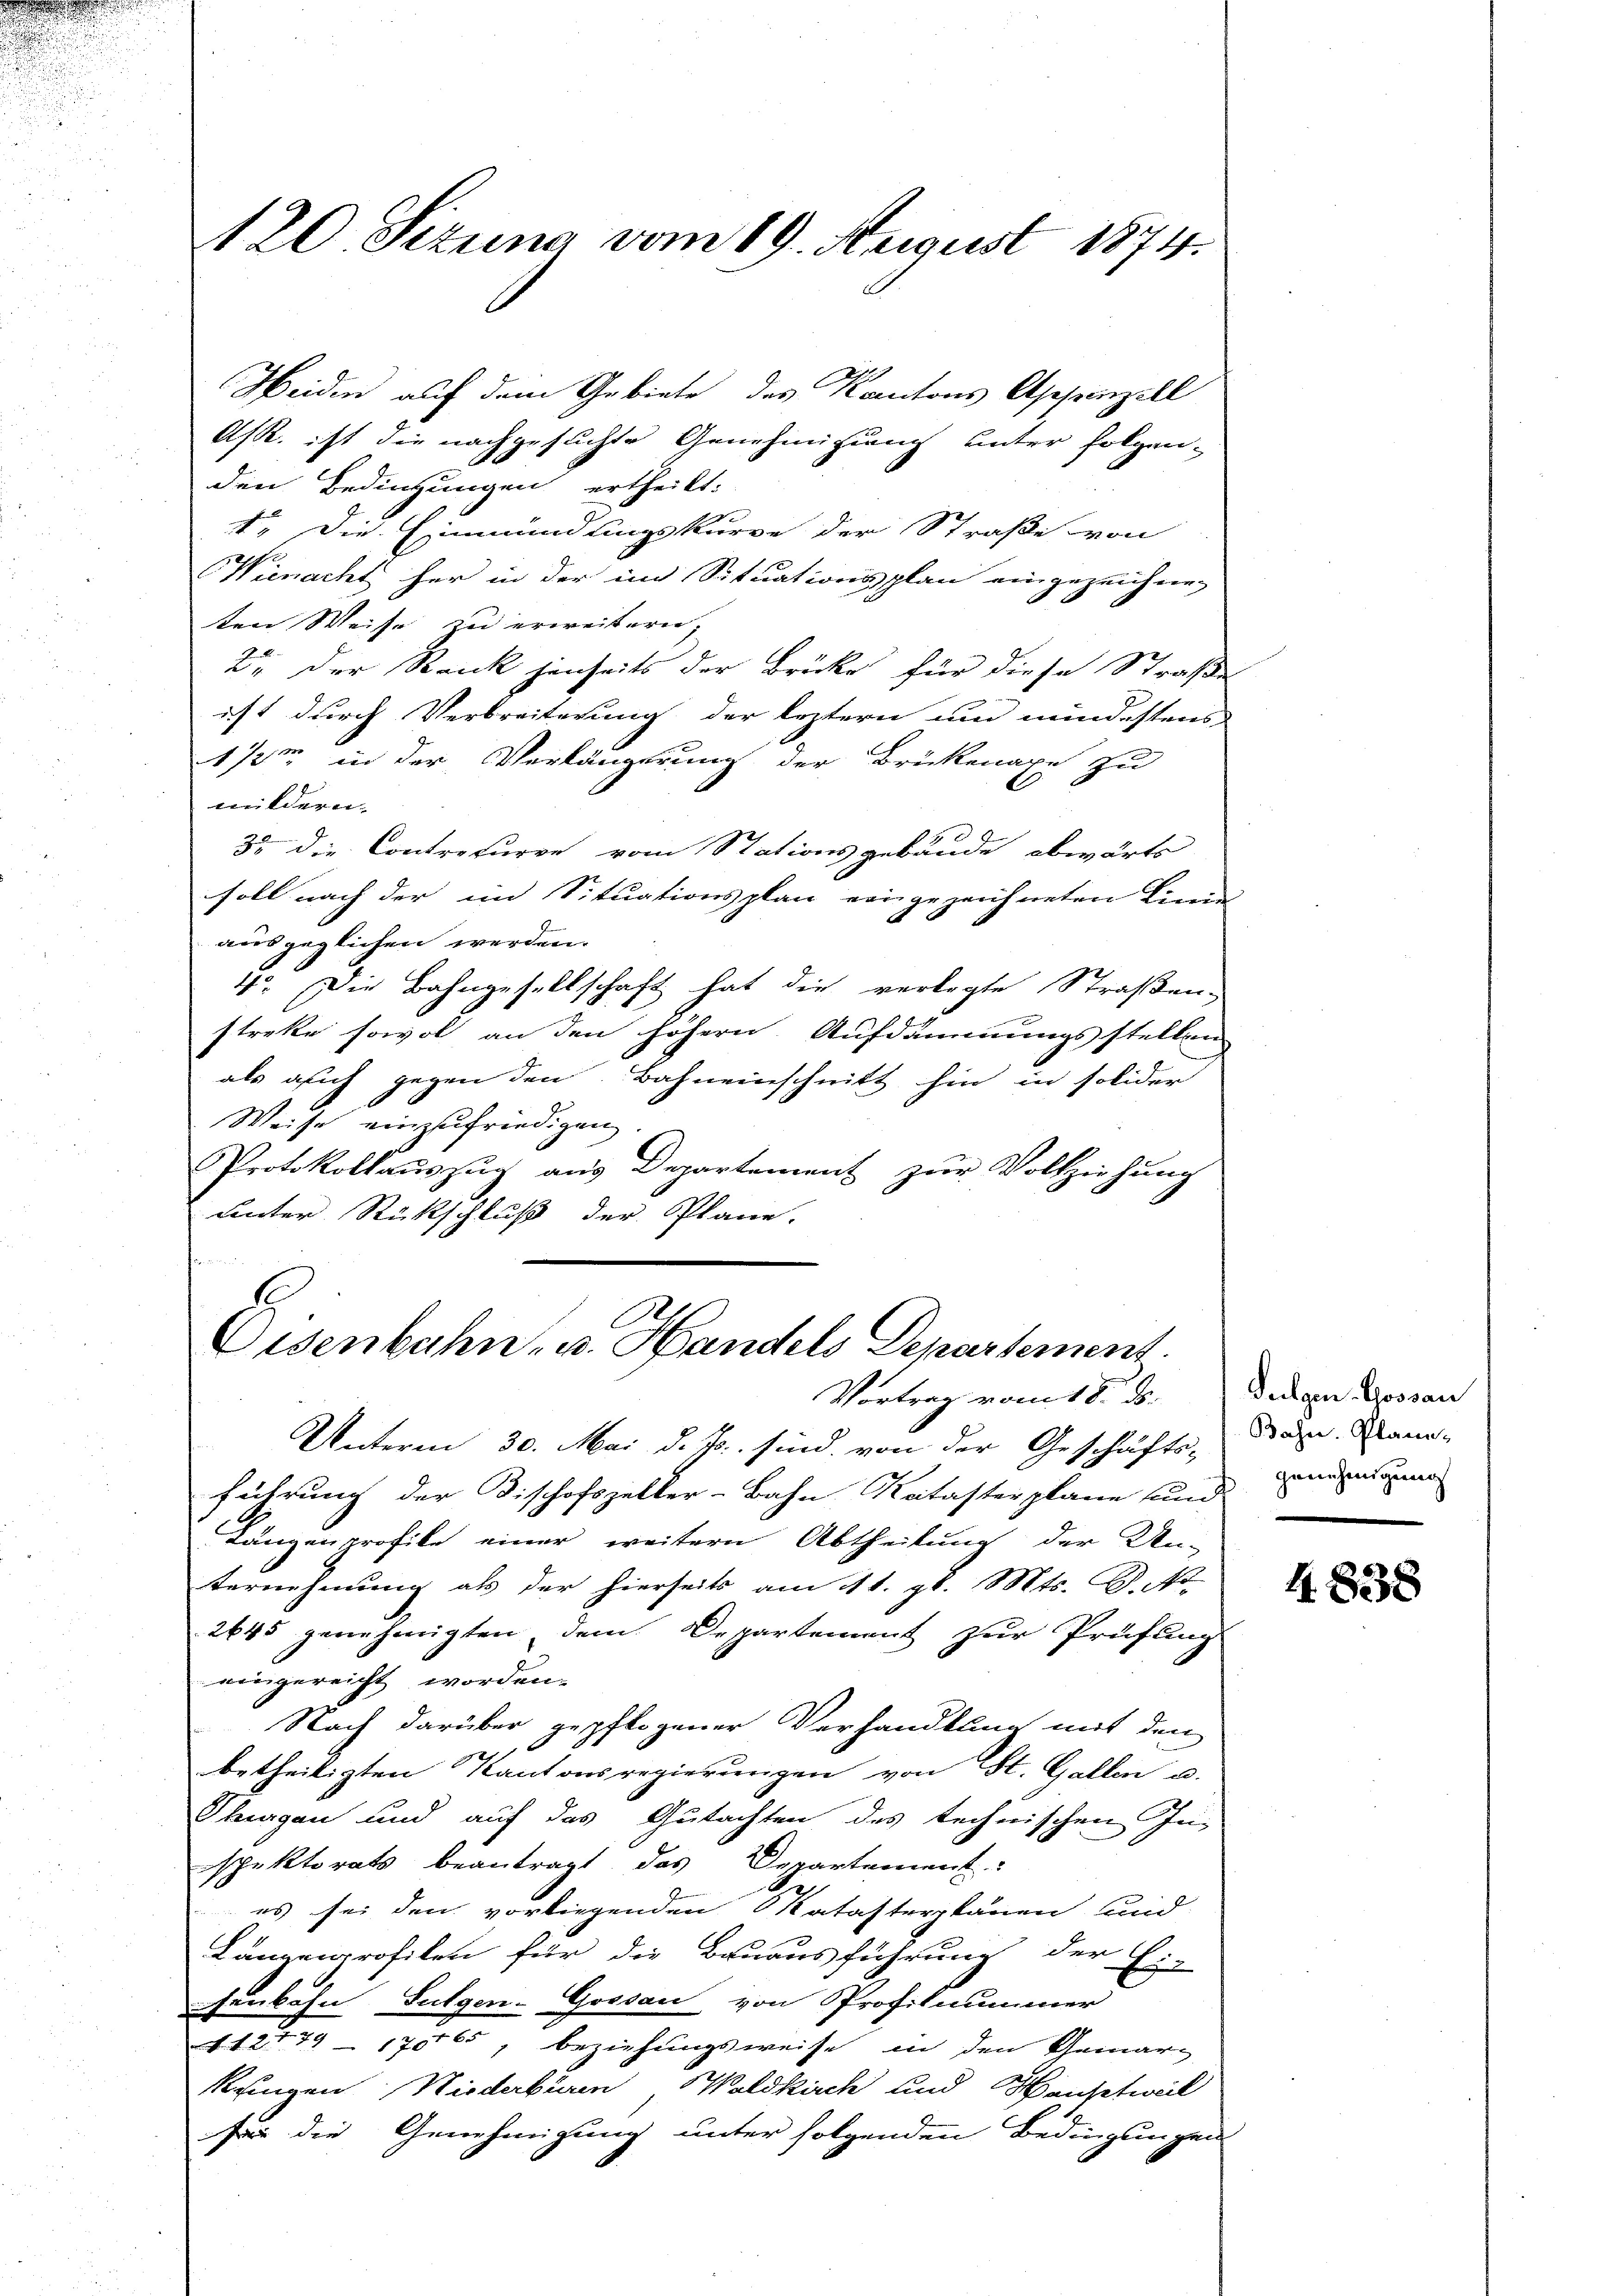
120 Sizung vom 19. August 1874.

Heiden auf dem Gebiete des Kantons Appenzell
As. ist die nachgesuchte Genehmigung unter folgen-
den Bedingungen ertheilt:
4. Die Einmündungskurve der Straße von
Wienacht her in der im Situationsplan eingezeichne-
ten Weise zu erweitern,
D. der Rank jenseits der Brücke für diese Straße
ist durch Verbreiterung der leztern und mindestens
172m in der Verlängerung der Brükenaxe zu
mildern.
3. die Contreturve vom Stationsgebäude abwärts
soll nach der im Situationsplan eingezeichneten Linie
ausgeglichen werden.
4. Der Bahngesellschaft hat die verlegte Straßen,
strette sowol an den höhern Aufdammungsstellen
als auch gegen den Bahneinschnitt hin in solider
Weise einzufriedigen
Protokollauszug aus Departement zur Vollziehung
unter Rückschluß der Plane.
e

Oisenbahn, u. Handels Departement.
Vortrag vom 18. ds.

Unterm 30. Mai d. Js. sind, von der Geschäfts-
führung der Tischofszeller-Bahn Katasterplane und
Lanzenprofile einer weitern Abtheilung der Un-
ternehmung als der hierseits am 11. gl. Mts. B. No
2645 genehmigten, dem Departement zur Prüfung
eingereicht worden.
Nach darüber gepflogener Verhandlung mit den
betheiligten Kantonsregierungen von St. Gallen u.
Thurgau und auf das Gutachten des technischen In-
spektorats beantragt, das Departement:
es sei den vorliegenden Katasterplanen und
Länzenprofilen für die Bauausführung der Ei-
henbahn, Sulgen-Gossau von Profitnummer
12179 (7165, beziehungsweise in den Gemar¬
Reingen Niederbüren Waldkirch und Hauptweil
sei die Genehmigung unter folgenden Bedingungen

Sulgen Gossau
Bahn. Plane-
genehmigung

48338